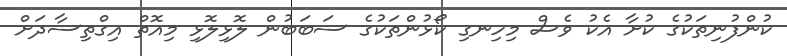
ކުންފުނިތަކުގެ ކުށާ އެކު ވެސް މިހިނގި ކޯޅުންތަކުގެ ސަބަބުން ލޮޅިލޮޅި މިއޮތް އިގްތިސާދަށް